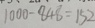
1 0 0 0 - 8 4 8 = 1 5 2